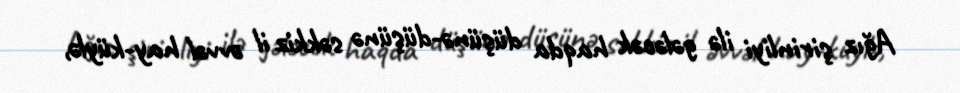
Ağız şirinliyi ilə gələcək haqda düşünə-düşünə səkkiz il əvvəl hay-küylə,